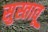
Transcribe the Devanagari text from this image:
सुस्तावू